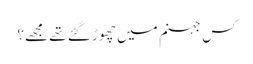
کس جہنم میں چھوڑ گئے تھے مجھے؟